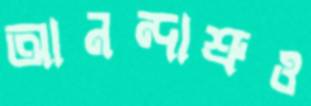
আনন্দাশ্রুও